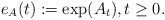
LaTeX: \begin{align*}e_{A}(t):=\exp (A_t), t \ge 0. \end{align*}